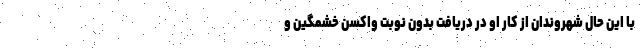
با این حال شهروندان از کار او در دریافت بدون نوبت واکسن خشمگین و